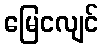
မြေငလျင်